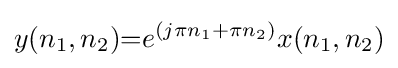
y(n_{1},n_{2}){=}e^{(j\pi n_{1}+\pi n_{2})}x(n_{1},n_{2})